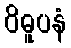
ဝိဓူပနံ